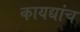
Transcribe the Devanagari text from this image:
कायद्यांच